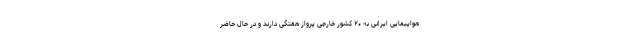
هواپیمایی ایرانی به ۲۰ کشور خارجی پرواز هفتگی دارند و در حال حاضر